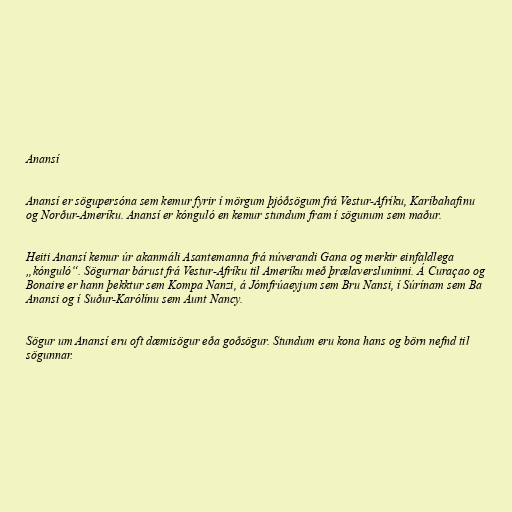
Anansí

Anansí er sögupersóna sem kemur fyrir í mörgum þjóðsögum frá Vestur-Afríku, Karíbahafinu
og Norður-Ameríku. Anansí er kónguló en kemur stundum fram í sögunum sem maður.

Heiti Anansí kemur úr akanmáli Asantemanna frá núverandi Gana og merkir einfaldlega
„kónguló“. Sögurnar bárust frá Vestur-Afríku til Ameríku með þrælaversluninni. Á Curaçao og
Bonaire er hann þekktur sem Kompa Nanzi, á Jómfrúaeyjum sem Bru Nansi, í Súrínam sem Ba
Anansi og í Suður-Karólínu sem Aunt Nancy.

Sögur um Anansí eru oft dæmisögur eða goðsögur. Stundum eru kona hans og börn nefnd til
sögunnar.